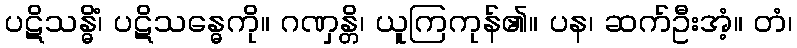
ပဋိသန္ဓိံ၊ ပဋိသန္ဓေကို။ ဂဏှန္တိ၊ ယူကြကုန်၏။ ပန၊ ဆက်ဦးအံ့။ တံ၊